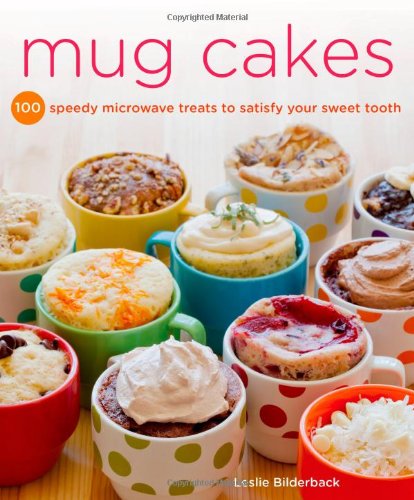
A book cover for Mug Cakes: 100 Speedy Microwave Treats to Satisfy Your Sweet Tooth; Leslie Bilderback; Cookbooks, Food & Wine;